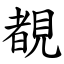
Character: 覩